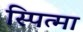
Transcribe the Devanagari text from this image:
स्पित्मा